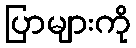
ပြာများကို